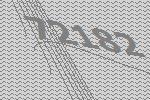
72182